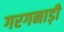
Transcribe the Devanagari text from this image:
गरगनाड़ी